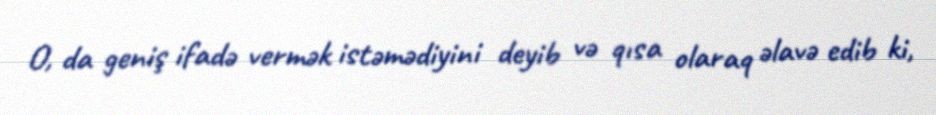
O, da geniş ifadə vermək istəmədiyini deyib və qısa olaraq əlavə edib ki,